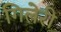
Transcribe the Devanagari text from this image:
गिलेरी